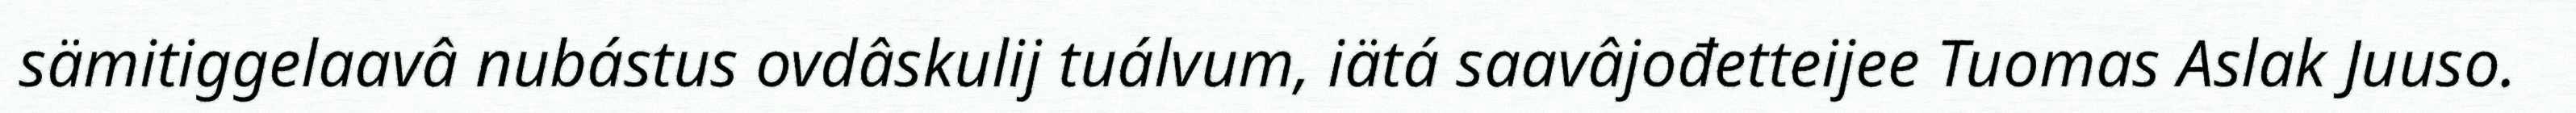
sämitiggelaavâ nubástus ovdâskulij tuálvum, iätá saavâjođetteijee Tuomas Aslak Juuso.